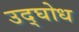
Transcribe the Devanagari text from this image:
उद्घोध